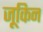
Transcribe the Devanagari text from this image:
जूकिन